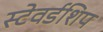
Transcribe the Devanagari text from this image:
स्टेवर्डशिप